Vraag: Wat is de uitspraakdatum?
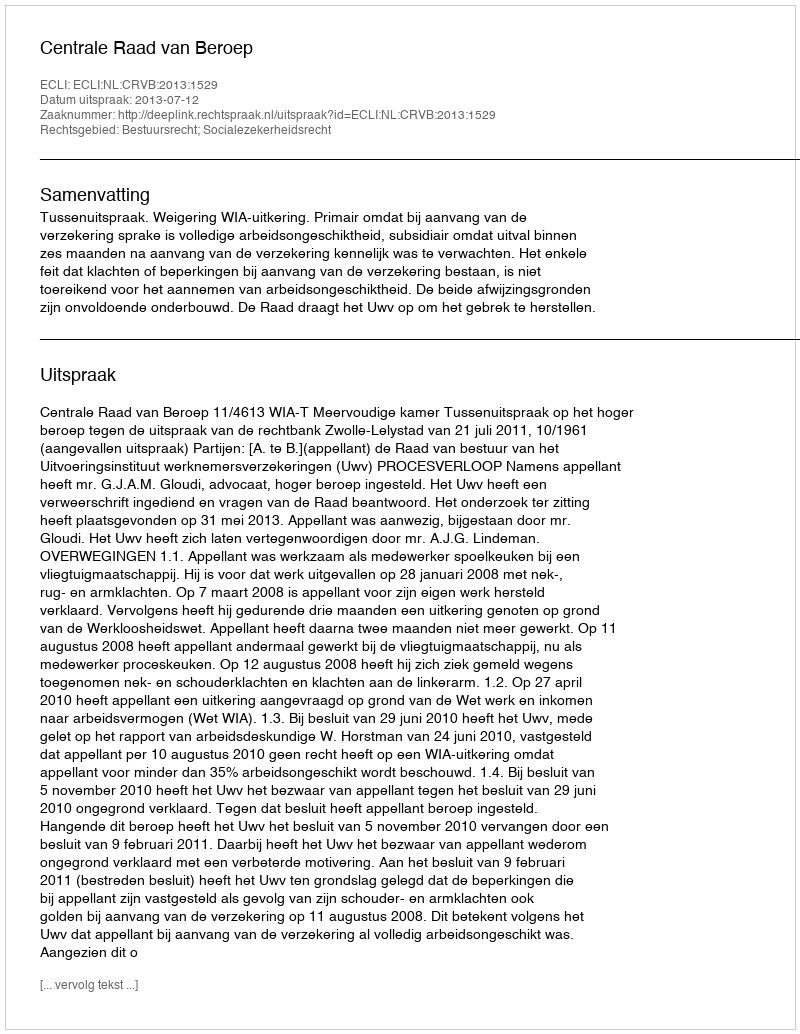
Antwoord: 2013-07-12